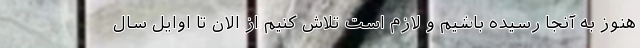
هنوز به آنجا رسیده باشیم و لازم است تلاش کنیم از الان تا اوایل سال